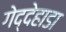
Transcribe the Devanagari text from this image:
गेद्देहाडा